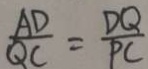
\frac { A D } { Q C } = \frac { D Q } { P C }